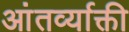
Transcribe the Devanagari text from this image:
आंतर्व्याक्ती